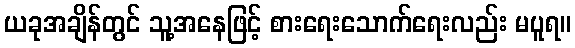
ယခုအချိန်တွင် သူ့အနေဖြင့် စားရေးသောက်ရေးလည်း မပူရ။